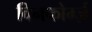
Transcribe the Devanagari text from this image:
विनफोर्म्ज़